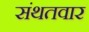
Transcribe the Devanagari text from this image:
संथतवार